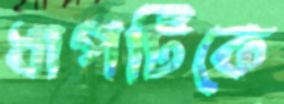
ধাপটিকে